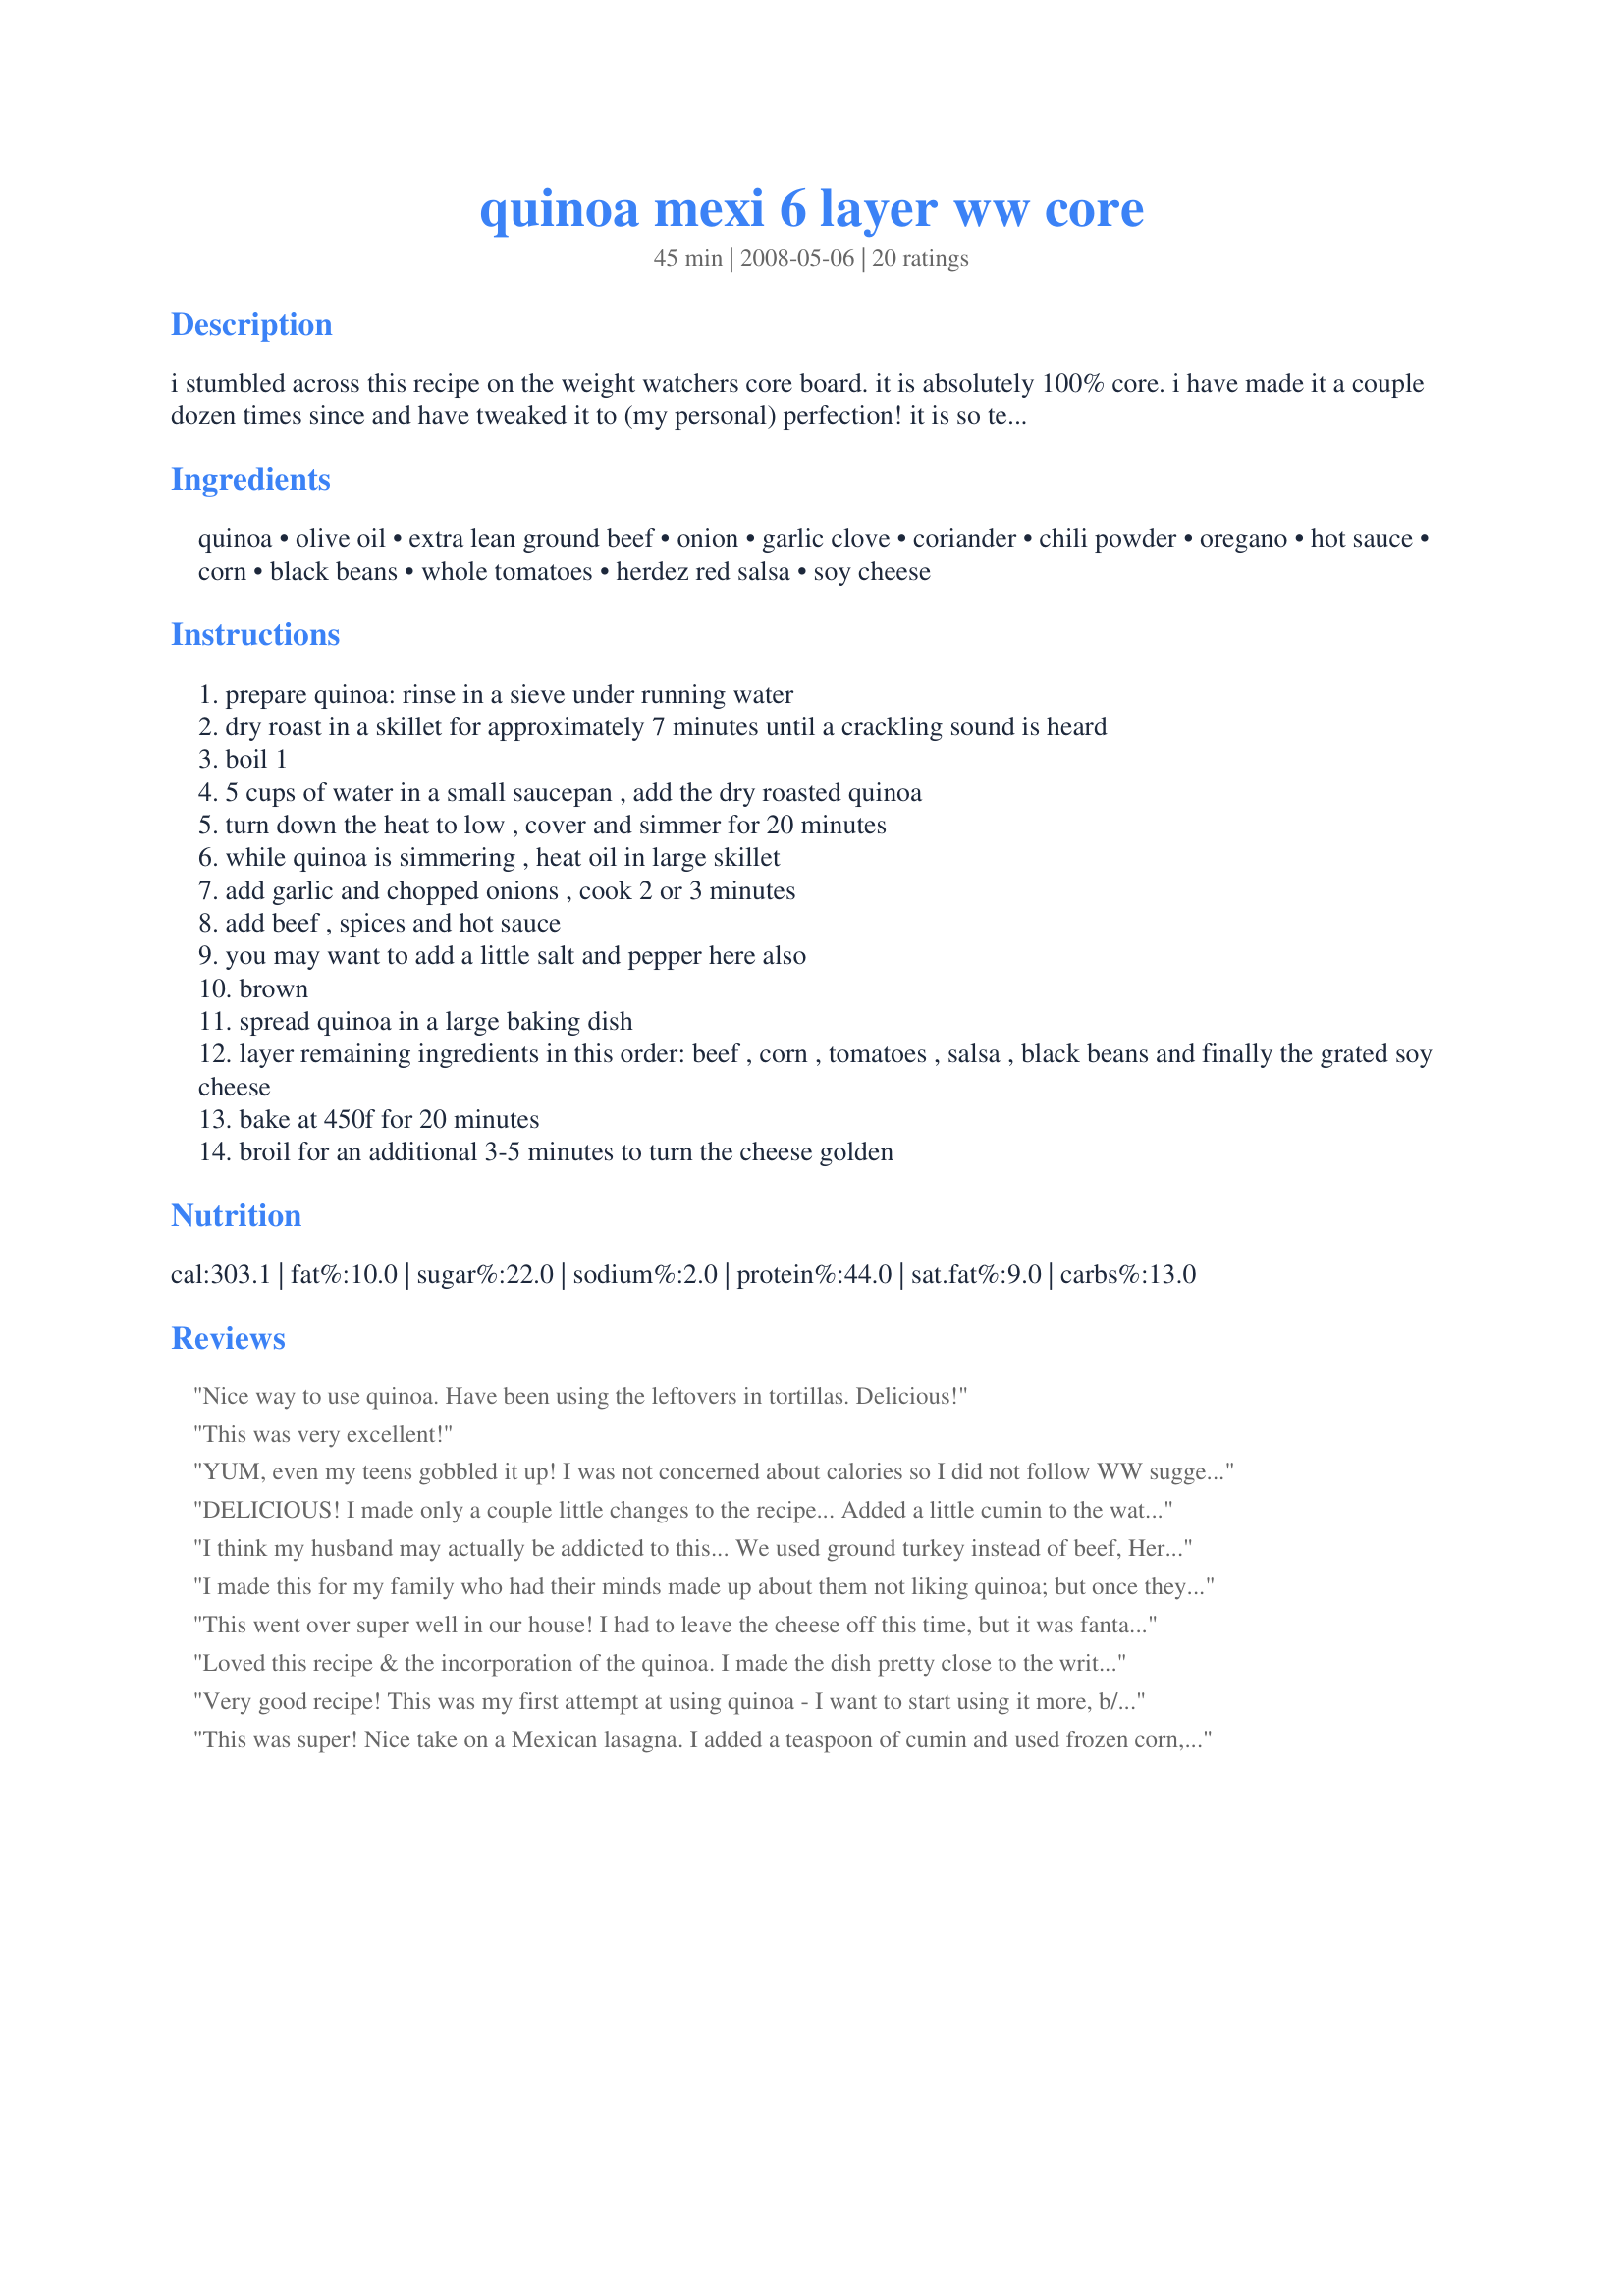
quinoa mexi 6 layer ww core
Preparation time: 45 minutes

i stumbled across this recipe on the weight watchers core board. it is absolutely 100% core. i have made it a couple dozen times since and have tweaked it to (my personal) perfection! it is so temptingly delicious and filling, i recommend taking a portion out and immediately freezing the rest in containers for lunches. it is great with a little no fat sour cream as a condiment.

Ingredients:
quinoa, olive oil, extra lean ground beef, onion, garlic clove, coriander, chili powder, oregano, hot sauce, corn, black beans, whole tomatoes, herdez red salsa, soy cheese

Steps:
prepare quinoa: rinse in a sieve under running water
dry roast in a skillet for approximately 7 minutes until a crackling sound is heard
boil 1
5 cups of water in a small saucepan , add the dry roasted quinoa
turn down the heat to low , cover and simmer for 20 minutes
while quinoa is simmering , heat oil in large skillet
add garlic and chopped onions , cook 2 or 3 minutes
add beef , spices and hot sauce
you may want to add a little salt and pepper here also
brown
spread quinoa in a large baking dish
layer remaining ingredients in this order: beef , corn , tomatoes , salsa , black beans and finally the grated soy cheese
bake at 450f for 20 minutes
broil for an additional 3-5 minutes to turn the cheese golden

Reviews:
Nice way to use quinoa. Have been using the leftovers in tortillas. Delicious!
This was very excellent!
YUM, even my teens gobbled it up! I was not concerned about calories so I did not follow WW suggestions. I used my own taco seasoning in place of seasonings &amp; onion, used navy beans (our preference), no corn, added Rotel tomatoes, regular bottled salsa&gt; more than suggested. I added the drained Rotel tomatoes to the cooked quinoa, beef and then a layer of cheese, salsa, beans, more cheese. Baked @400?F for 30 minutes. Served topped with avocado &amp; cilantro and corn chips. Thanks for posting.
DELICIOUS! I made only a couple little changes to the recipe... Added a little cumin to the water of the quinoa because I like it with mexican stuff, for the hot sauce, I put a few generous squirts of sriracha sauce, just used the salsa I had at home and used a little less sharp cheddar as I'm not crazy about soy cheese... I loved it! Made for Pool Party Tag, Spring '10.
I think my husband may actually be addicted to this... We used ground turkey instead of beef, Herdez' verde salsa, and mozzarella, and it was delectable. Had it as a dip one night (with chips), and as burritos for lunch the next day. My husband also snuck a serving for breakfast, and made it into a breakfast burrito. We will definitely do this again.
**UPDATE** Oops, forgot to mention that we topped it with jalapeno slices, which added a great amount of kick to it.
I made this for my family who had their minds made up about them not liking quinoa; but once they started eating this they couldn't stop!
This went over super well in our house! I had to leave the cheese off this time, but it was fantastic without, and I imagine some Daiya would only make it better! Definitely a keeper!
Loved this recipe & the incorporation of the quinoa. I made the dish pretty close to the written recipe, just increased the beef & added abit of essence spice for more flavour. Quick, easy & tasty dish, thanks for sharing.
Very good recipe! This was my first attempt at using quinoa - I want to start using it more, b/c of its health benefits. This was a great first impression!! I pretty much followed the recipe to a T, but I did spice it up a bit by adding diced jalapeno, cumin and ground chipotle pepper when I cooked the onions/garlic. And I didn't have any coriander, but I really wished I'd had some fresh cilantro, b/c that would be really nice as garnish on this. Otherwise, for small changes, due to using what I had on hand, I used diced tomatoes and frozen corn, as well as regular cheese. I don't think I did anything different that changed the niceness of this recipe, as is. Servec w/ a little bit of sour cream = perfection. I like the idea of using it in torts - we'll probably do that w/ the leftovers. Oh, one other thing - I should have used a 9x13, but I used a large casserole (smaller than 9x13) and it took much longer to cook. It definitely needs a 9x13! Thanks for great recipe! It's a keeper!
This was super! Nice take on a Mexican lasagna. I added a teaspoon of cumin and used frozen corn, a small can of tomatoes and regular cheese (but a lot less). Also, I always toast my quinoa dry (not wet) in a pan before rinsing it so it develops those nutty flavors, and use twice the liquid as the dry (ie. 2 cups of water). I think this would also be great without the meat too. The nonfat sour cream on top is a must, yum! Served 6.
I am new to quinoa and have been scouring for recipes that use common ingredients that I have on hand (quite a challenge!) This one hit the mark and was SO delicious! I didn&#039;t have the spices called for, so I substituted a pack of low-sodium taco seasoning...worked fine, could use chili seasoning as well. Also, Hubby and I are not Weight Watchers, so I used 2 cups of medium cheddar, added a can of sliced black olives to the layers, used a whole small jar of salsa, and we topped our servings with dollops of sour cream. We used Fritos Scoops as our utensils and it was fabulous! This recipe made so much (be sure you use a 9x13 pan!) that I took enough leftovers to work for me and a friend, who loved it as well. Great recipe!
What a really great recipe this is! I went with regular cheese (sharp cheddar and used a little less to keep the flavor but save on calories) and a little less salsa but otherwise followed this as written, and I loved the flavor so much! It was very much like Mexican food but without the usual guilt. Instead of one large pan, I split this in half into two 9" pie pans, put one in the oven and the other in the freezer unbaked (used hot water on the bottom of the pan once frozen to pop it out and to vacuum seal it). I cannot wait to have that other one that's in my freezer. :) Thank you for a healthy alternative for my cravings!
This was just OK for us. It definitely reminded me that I'm on a diet. I've made dozens of CORE recipes and many with quinoa. This just needed spicing up a bit. We topped with ff sour cream and that helped. I also drained the corn (not stated), started layering in a large round casserole dish, but found this wasn't big enough. So, I had to carefully re-arrange it into a 9x13" glass pan, which meant I lost the layering effect. Thanks Whirlwind for a healthy dish!
This recipe was really easy to make and was really tasty. I didn't have corn so chose to not substitute anything else for it and it still tasted great. I ate it by putting it on romaine lettuce leaves and rolling like a tortilla. Fantastic if you feel like a mexican food night!
Yum! I let my husband talk me into using a couple Costco sized cans of roast beef instead of running to the store to buy hamburger, and am I glad I did. I don't think I'll ever make it any other way. I followed the rest of the directions for preparing the meat layer and it was a fantastic shredded picadillo-style beef. I also added some sliced black olives just before the cheese, and used regular sharp cheddar instead of soy cheese. I assume that makes it non-CORE, but I'm not on the program, so doesn't matter at my house. Served with light sour cream and it didn't taste like diet food to me at all. Delicious!!
This was my first adventure with Quinoa. It was good. I made some substitutions based on what I had on hand, and spiced it up a bit. I'll definitely be making this again, but there is no mistaking that this is a healthy low fat / low calorie dinner. UPDATE: We think this is even better as left-overs on the second day.
This turned out great. I used low fat cheese instead of soy cheese. Only complaint is that it was on the dry side but that may be because I drained the tomatoes. May try adding some enchilada sauce next time. Thanks for sharing!
My entire family loved this! It&#039;s like a taco in a pan. Kids added sour cream to theirs, we tried to hold ours to the 7 pts. Really liked how the quinoa turned out; I&#039;ll be toasting first in all my recipes now. Thanks so much!!
Very good! I added the cumin as suggested, but I also increased the amount of chili powder that it called for. Then I placed it on a bed of lettuce. It was yummy!
Even my husband loved it! I used a can of diced tomatoes and ground turkey instead of the beef. Also, real cheese instead of the soy. You can definitely play around with the seasoning to your own liking. We topped with ff sour cream and hubby rolled his in a tortilla. Love the quinoa- so healthy for you too! Thanks!
